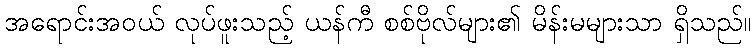
အရောင်းအဝယ် လုပ်ဖူးသည့် ယန်ကီ စစ်ဗိုလ်များ၏ မိန်းမများသာ ရှိသည်။